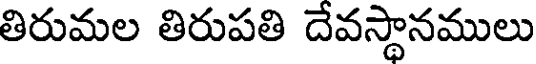
తిరుమల తిరుపతి దేవస్థానములు